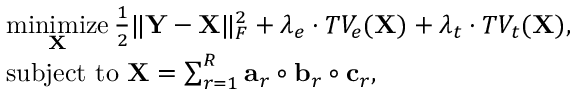
\begin{array} { r l } & { \underset { \bf X } { \mathrm { m i n i m i z e } } \, \frac { 1 } { 2 } \| \mathbf { Y } - \mathbf { X } \| _ { F } ^ { 2 } + \lambda _ { e } \cdot T V _ { e } ( { \bf X } ) + \lambda _ { t } \cdot T V _ { t } ( { \bf X } ) , } \\ & { \mathrm { s u b j e c t ~ t o ~ } \mathbf { X } = \sum _ { r = 1 } ^ { R } \mathbf { a } _ { r } \circ \mathbf { b } _ { r } \circ \mathbf { c } _ { r } , } \end{array}